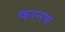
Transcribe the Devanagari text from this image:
कानण